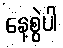
နေ့စွဲပါ